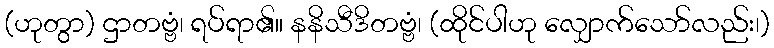
(ဟုတွာ) ဌာတဗ္ဗံ၊ ရပ်ရာ၏။ နနိသီဒိတဗ္ဗံ၊ (ထိုင်ပါဟု လျှောက်သော်လည်း၊)